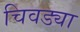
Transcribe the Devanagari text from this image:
चिवड्या